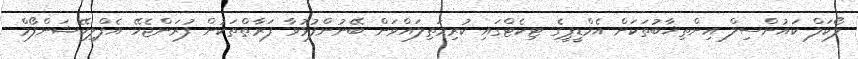
ލޯކަލް ކައުންސިލް އިންތިޚާބުތަކަށް އެމްޑީޕީގެ ޓިކެޓްގައި ކުރިމަތިލައްވަން ބޭނުންފުޅުވާ ފަރާތްތަކުން ފުރަންޖެހޭ އެފްލިކޭޝަންފޯމް